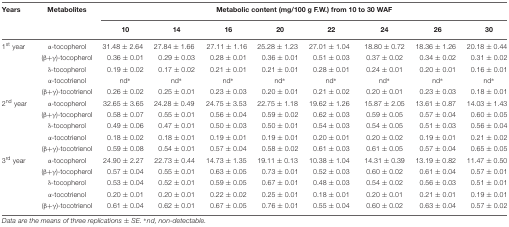
<table><thead><tr><td><b>Years</b></td><td><b>Metabolites</b></td><td colspan="8"><b>Metabolic content (mg/100 g F.W.) from 10 to 30 WAF</b></td></tr><tr><td></td><td></td><td><b>10</b></td><td><b>14</b></td><td><b>16</b></td><td><b>20</b></td><td><b>22</b></td><td><b>24</b></td><td><b>26</b></td><td><b>30</b></td></tr></thead><tbody><tr><td>1<sup>st</sup> year</td><td>α-tocopherol</td><td>31.48 ± 2.64</td><td>27.84 ± 1.66</td><td>27.11 ± 1.16</td><td>25.28 ± 1.23</td><td>27.01 ± 1.04</td><td>18.80 ± 0.72</td><td>18.36 ± 1.26</td><td>20.18 ± 0.44</td></tr><tr><td></td><td>(β+γ)-tocopherol</td><td>0.36 ± 0.01</td><td>0.29 ± 0.03</td><td>0.28 ± 0.01</td><td>0.36 ± 0.01</td><td>0.51 ± 0.03</td><td>0.37 ± 0.02</td><td>0.34 ± 0.02</td><td>0.31 ± 0.02</td></tr><tr><td></td><td>δ-tocopherol</td><td>0.19 ± 0.02</td><td>0.17 ± 0.02</td><td>0.21 ± 0.01</td><td>0.21 ± 0.01</td><td>0.28 ± 0.01</td><td>0.24 ± 0.01</td><td>0.20 ± 0.01</td><td>0.16 ± 0.01</td></tr><tr><td></td><td>α-tocotrienol</td><td>nd<sup>∗</sup></td><td>nd<sup>∗</sup></td><td>nd<sup>∗</sup></td><td>nd<sup>∗</sup></td><td>nd<sup>∗</sup></td><td>nd<sup>∗</sup></td><td>nd<sup>∗</sup></td><td>nd<sup>∗</sup></td></tr><tr><td></td><td>(β+γ)-tocotrienol</td><td>0.26 ± 0.02</td><td>0.25 ± 0.01</td><td>0.23 ± 0.03</td><td>0.20 ± 0.01</td><td>0.21 ± 0.02</td><td>0.20 ± 0.01</td><td>0.23 ± 0.03</td><td>0.18 ± 0.01</td></tr><tr><td>2<sup>nd</sup> year</td><td>α-tocopherol</td><td>32.65 ± 3.65</td><td>24.28 ± 0.49</td><td>24.75 ± 3.53</td><td>22.75 ± 1.18</td><td>19.62 ± 1.26</td><td>15.87 ± 2.05</td><td>13.61 ± 0.87</td><td>14.03 ± 1.43</td></tr><tr><td></td><td>(β+γ)-tocopherol</td><td>0.58 ± 0.07</td><td>0.55 ± 0.01</td><td>0.56 ± 0.04</td><td>0.59 ± 0.02</td><td>0.62 ± 0.03</td><td>0.59 ± 0.05</td><td>0.57 ± 0.04</td><td>0.60 ± 0.05</td></tr><tr><td></td><td>δ-tocopherol</td><td>0.49 ± 0.06</td><td>0.47 ± 0.01</td><td>0.50 ± 0.03</td><td>0.50 ± 0.01</td><td>0.54 ± 0.03</td><td>0.54 ± 0.05</td><td>0.51 ± 0.03</td><td>0.56 ± 0.04</td></tr><tr><td></td><td>α-tocotrienol</td><td>0.18 ± 0.02</td><td>0.18 ± 0.01</td><td>0.19 ± 0.01</td><td>0.19 ± 0.01</td><td>0.20 ± 0.01</td><td>0.20 ± 0.02</td><td>0.19 ± 0.01</td><td>0.21 ± 0.02</td></tr><tr><td></td><td>(β+γ)-tocotrienol</td><td>0.59 ± 0.08</td><td>0.54 ± 0.01</td><td>0.57 ± 0.04</td><td>0.58 ± 0.02</td><td>0.61 ± 0.03</td><td>0.61 ± 0.05</td><td>0.57 ± 0.04</td><td>0.65 ± 0.05</td></tr><tr><td>3<sup>rd</sup> year</td><td>α-tocopherol</td><td>24.90 ± 2.27</td><td>22.73 ± 0.44</td><td>14.73 ± 1.35</td><td>19.11 ± 0.13</td><td>10.38 ± 1.04</td><td>14.31 ± 0.39</td><td>13.19 ± 0.82</td><td>11.47 ± 0.50</td></tr><tr><td></td><td>(β+γ)-tocopherol</td><td>0.57 ± 0.04</td><td>0.55 ± 0.01</td><td>0.63 ± 0.05</td><td>0.73 ± 0.01</td><td>0.52 ± 0.03</td><td>0.60 ± 0.02</td><td>0.61 ± 0.04</td><td>0.57 ± 0.01</td></tr><tr><td></td><td>δ-tocopherol</td><td>0.53 ± 0.04</td><td>0.52 ± 0.01</td><td>0.59 ± 0.05</td><td>0.67 ± 0.01</td><td>0.48 ± 0.03</td><td>0.54 ± 0.02</td><td>0.56 ± 0.03</td><td>0.51 ± 0.01</td></tr><tr><td></td><td>α-tocotrienol</td><td>0.20 ± 0.01</td><td>0.20 ± 0.01</td><td>0.22 ± 0.02</td><td>0.25 ± 0.01</td><td>0.18 ± 0.01</td><td>0.20 ± 0.01</td><td>0.21 ± 0.01</td><td>0.19 ± 0.01</td></tr><tr><td></td><td>(β+γ)-tocotrienol</td><td>0.61 ± 0.04</td><td>0.62 ± 0.01</td><td>0.67 ± 0.05</td><td>0.76 ± 0.01</td><td>0.55 ± 0.04</td><td>0.60 ± 0.02</td><td>0.63 ± 0.04</td><td>0.57 ± 0.02</td></tr></tbody></table>